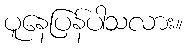
ပူနေပြန်ပါသလား။